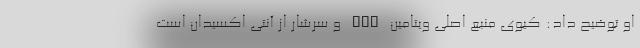
او توضیح داد: کیوی منبع اصلی ویتامین "C" و سرشار از آنتی اکسیدان است